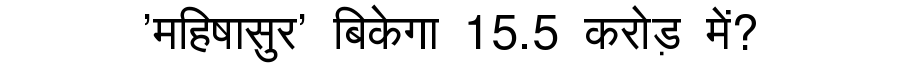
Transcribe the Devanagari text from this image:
'महिषासुर' बिकेगा 15.5 करोड़ में?